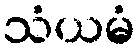
သံယမံ